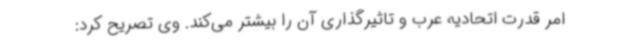
امر قدرت اتحادیه عرب و تاثیرگذاری آن را بیشتر می‌کند. وی تصریح کرد: